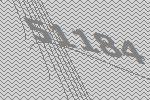
51184